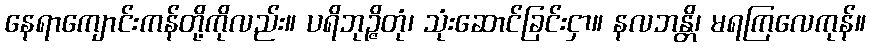
နေရာကျောင်းကန်တို့ကိုလည်း။ ပရိဘုဉ္ဇိတုံ၊ သုံးဆောင်ခြင်းငှာ။ နလဘန္တိ၊ မရကြလေကုန်။